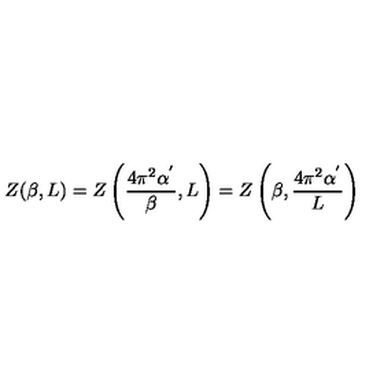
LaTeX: Z ( \beta , L ) = Z \left( \frac { 4 \pi ^ { 2 } \alpha ^ { ' } } { \beta } , L \right) = Z \left( \beta , \frac { 4 \pi ^ { 2 } \alpha ^ { ' } } { L } \right)